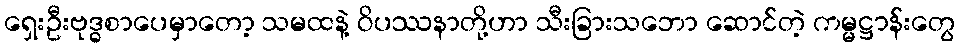
ရှေးဦးဗုဒ္ဓစာပေမှာတော့ သမထနဲ့ ဝိပဿနာတို့ဟာ သီးခြားသဘော ဆောင်တဲ့ ကမ္မဋ္ဌာန်းတွေ